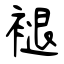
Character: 褪